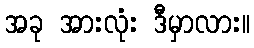
အခု အားလုံး ဒီမှာလား။